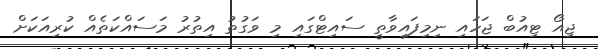
ޖިއޯ ޓިއުބް ޖަހައި ނިމިފައިވާތީ ސައިޓްގައި މި ވަގުތު އިތުރު މަސައްކަތެއް ކުރިއަކަށް